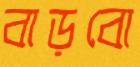
বাড়বো